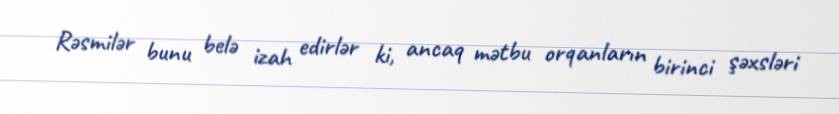
Rəsmilər bunu belə izah edirlər ki, ancaq mətbu orqanların birinci şəxsləri